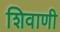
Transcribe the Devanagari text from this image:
शिवाणी